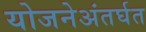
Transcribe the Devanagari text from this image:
योजनेअंतर्घत